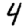
Digit: 4